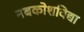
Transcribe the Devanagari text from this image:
नबकोशविद्या